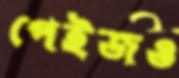
পেইজও